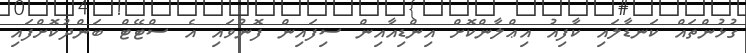
ގުޅުންތައް ކަނޑާލައި ކާފިއު އިޢްލާންކޮށް އިންޑިއާއިން ސިފައިން ފޮނުވައި އެ ސްޓޭޓް ބަންދުކޮށްފައި